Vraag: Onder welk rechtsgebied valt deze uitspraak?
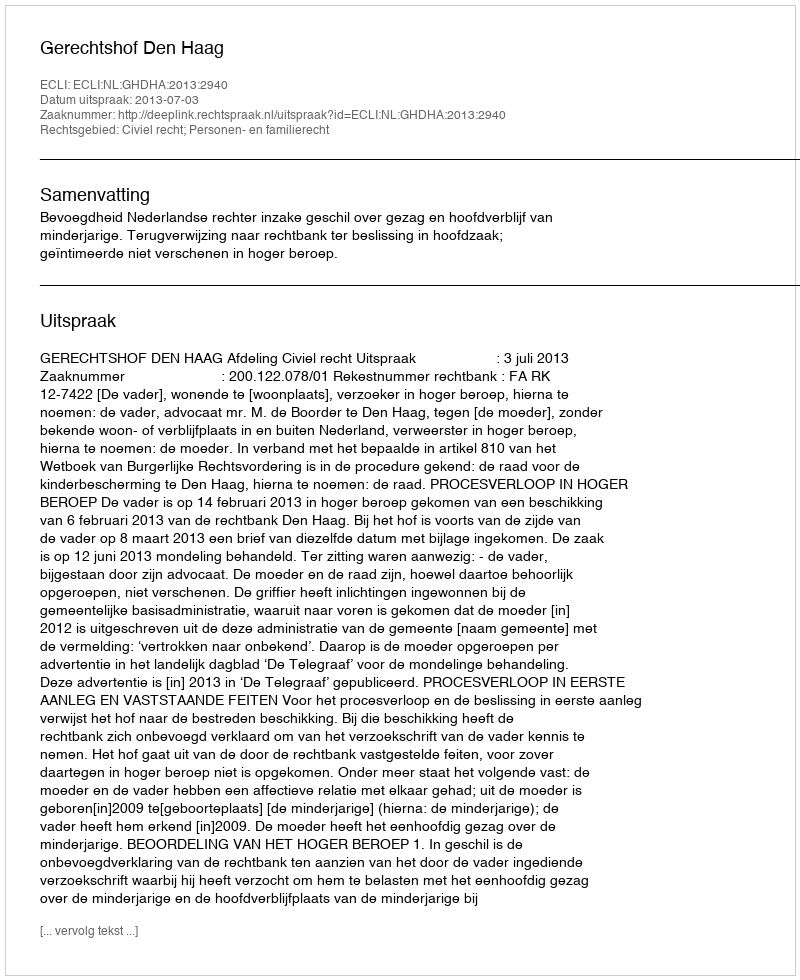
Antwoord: Civiel recht; Personen- en familierecht